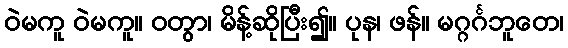
ဝဲမကူ ဝဲမကူ။ ဝတွာ၊ မိန့်ဆိုပြီး၍။ ပုန၊ ဖန်။ မဂ္ဂင်္ဂဘူတေ၊